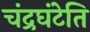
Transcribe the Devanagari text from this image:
चंद्रघंटेति